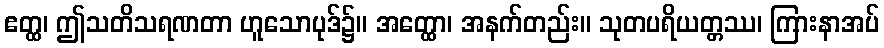
ဧတ္ထ၊ ဤသတိသရဏတာ ဟူသောပုဒ်၌။ အတ္ထော၊ အနက်တည်း။ သုတပရိယတ္တဿ၊ ကြားနာအပ်